Annual statistical returns and brief notes on vaccination in Bengal - 1909-1929
Year: 1909
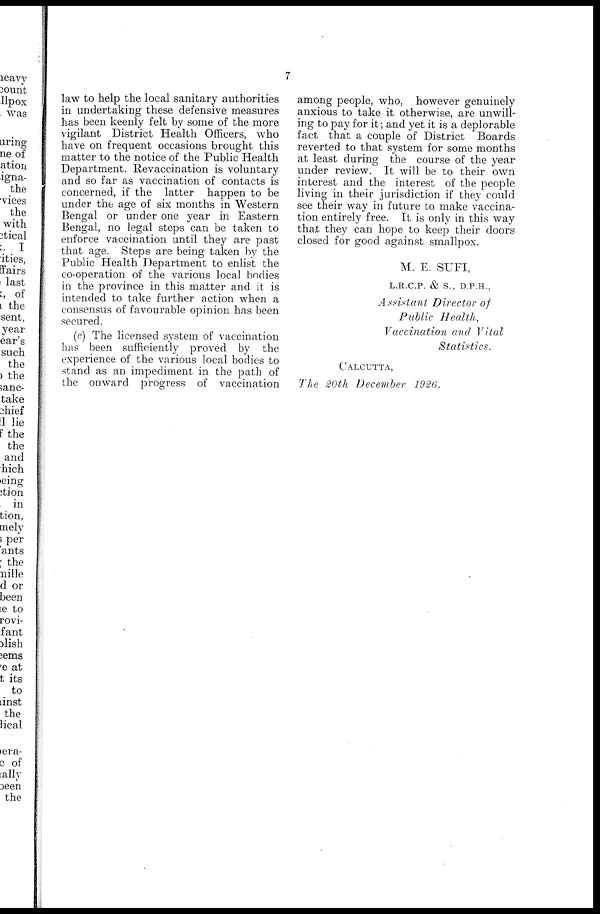
7
law to help the local sanitary authorities
in undertaking these defensive measures
has been keenly felt by some of the more
vigilant District Health Officers, who
have on frequent occasions brought this
matter to the notice of the Public Health
Department. Revaccination is voluntary
and so far as vaccination of contacts is
concerned, if the latter happen to be
under the age of six months in Western
Bengal or under one year in Eastern
Bengal, no legal steps can be taken to
enforce vaccination until they are past
that age. Steps are being taken by the
Public Health Department to enlist the
co-operation of the various local bodies
in the province in this matter and it is
intended to take further action when a
consensus of favourable opinion has been
secured.
(c) The licensed system of vaccination
has been sufficiently proved by the
experience of the various local bodies to
stand as an impediment in the path of
the onward progress of vaccination
among people, who, however genuinely
anxious to take it otherwise, are unwill-
ing to pay for it; and yet it is a deplorable
fact that a couple of District Boards
reverted to that system for some months
at least during the course of the year
under review. It will be to their own
interest and the interest of the people
living in their jurisdiction if they could
see their way in future to make vaccina-
tion entirely free. It is only in this way
that they can hope to keep their doors
closed for good against smallpox.
M. E. SUFI,
L.R.C.P. & S., D.P.H.,
Assistant Director of
Public Health,
Vaccination and Vital
Statistics.
CALCUTTA,
The 20th December 1926.